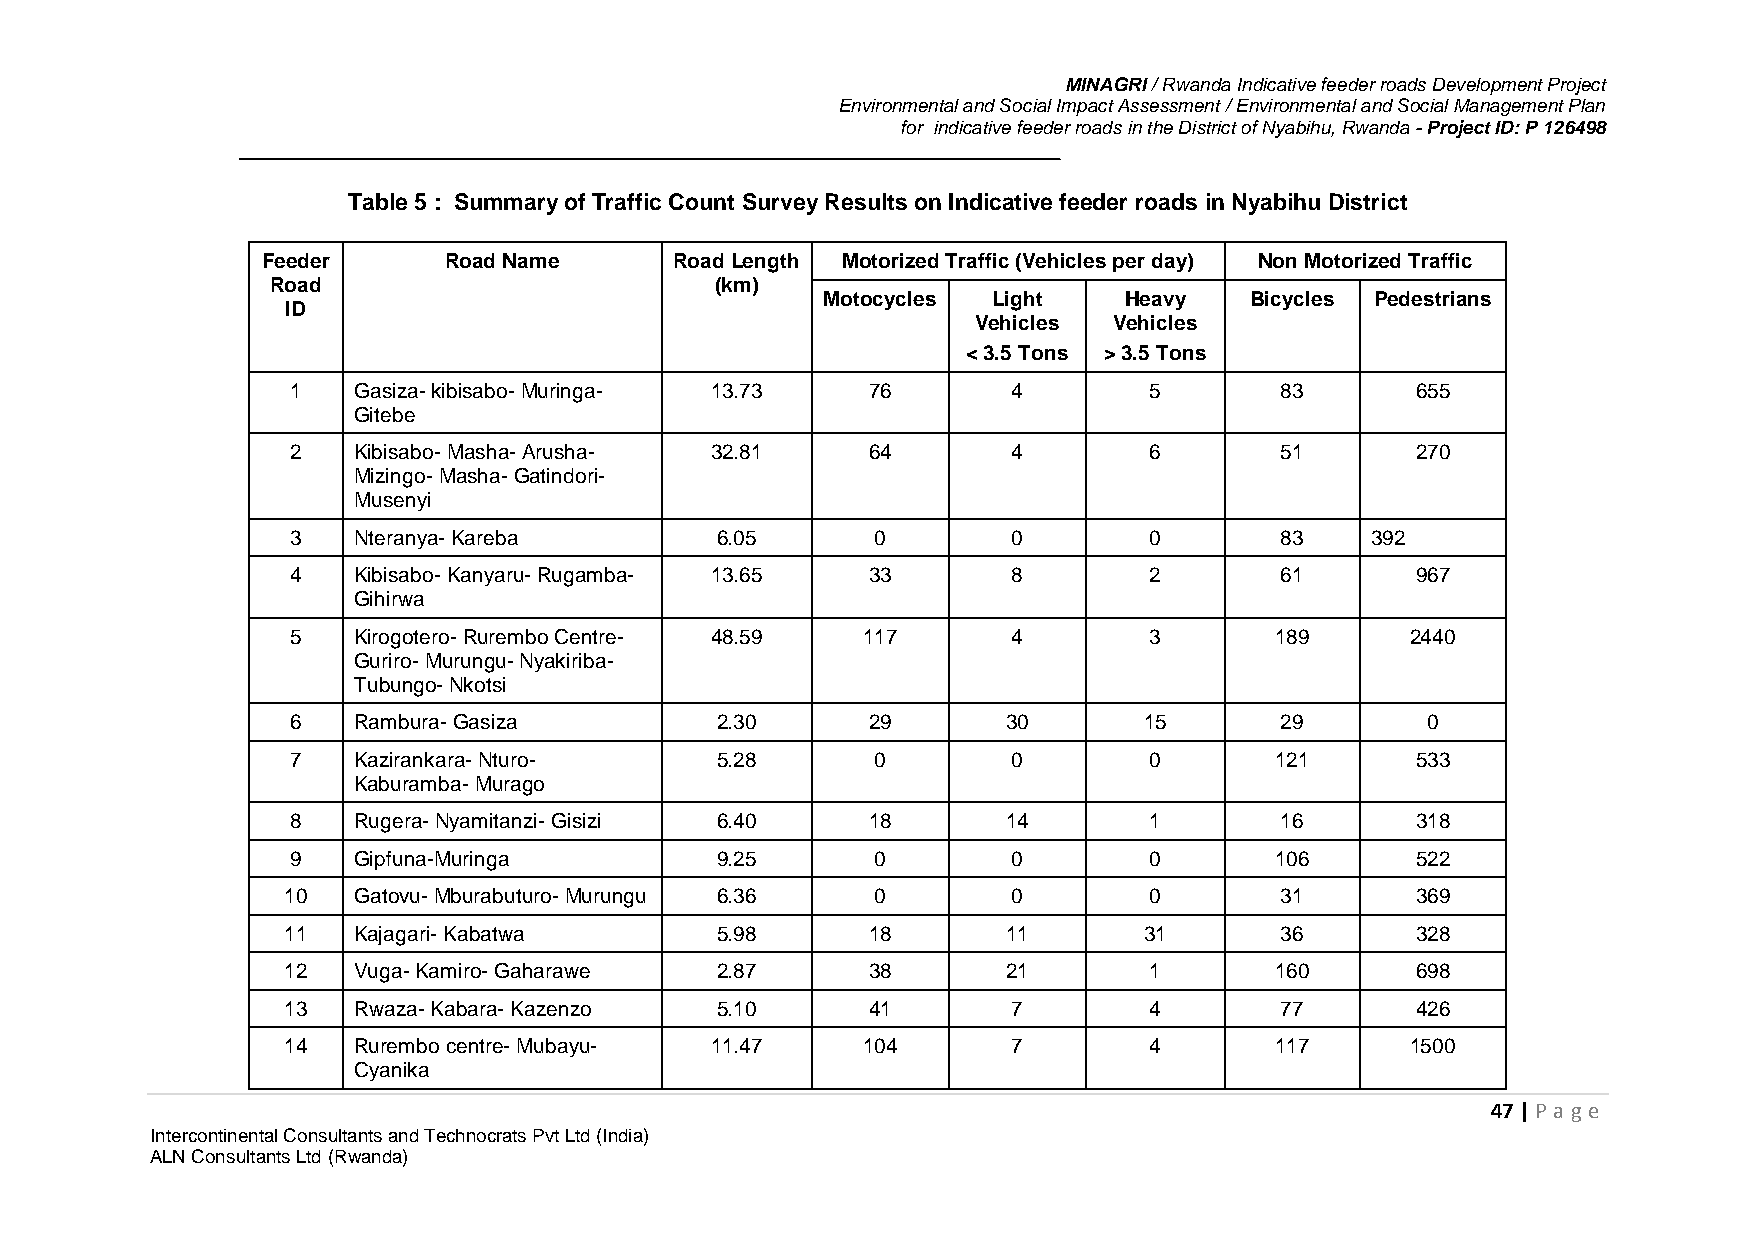
MINAGRI / Rwanda Indicative feeder roads Development Project
 Environmental and Social Impact Assessment / Environmental and Social Management Plan
 for indicative feeder roads in the District of Nyabihu, Rwanda - Project ID: P 126498
 Table 5 : Summary of Traffic Count Survey Results on Indicative feeder roads in Nyabihu District
 Feeder      Road Name       Road Length Motorized Traffic (Vehicles per day) Non Motorized Traffic
 Road                         (km)
 Motocycles  Light   Heavy    Bicycles Pedestrians
 ID
 Vehicles Vehicles
 < 3.5 Tons > 3.5 Tons
 1   Gasiza- kibisabo- Muringa- 13.73  76        4        5        83       655
 Gitebe
 2   Kibisabo- Masha- Arusha- 32.81    64        4        6        51       270
 Mizingo- Masha- Gatindori-
 Musenyi
 3   Nteranya- Kareba        6.05       0        0        0        83    392
 4   Kibisabo- Kanyaru- Rugamba- 13.65 33        8        2        61       967
 Gihirwa
 5   Kirogotero- Rurembo Centre- 48.59 117       4        3       189      2440
 Guriro- Murungu- Nyakiriba-
 Tubungo- Nkotsi
 6   Rambura- Gasiza         2.30      29        30       15       29       0
 7   Kazirankara- Nturo-     5.28       0        0        0       121       533
 Kaburamba- Murago
 8   Rugera- Nyamitanzi- Gisizi 6.40   18        14       1        16       318
 9   Gipfuna-Muringa         9.25       0        0        0       106       522
 10  Gatovu- Mburabuturo- Murungu 6.36  0        0        0        31       369
 11  Kajagari- Kabatwa       5.98      18        11       31       36       328
 12  Vuga- Kamiro- Gaharawe  2.87      38        21       1       160       698
 13  Rwaza- Kabara- Kazenzo  5.10      41        7        4        77       426
 14  Rurembo centre- Mubayu- 11.47     104       7        4       117      1500
 Cyanika
 47 | P age
 Intercontinental Consultants and Technocrats Pvt Ltd (India)
 ALN Consultants Ltd (Rwanda)